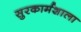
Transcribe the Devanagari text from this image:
सुरकार्मशाला